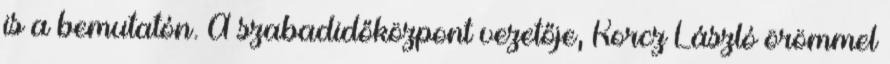
is a bemutatón. A szabadidőközpont vezetője, Korcz László örömmel